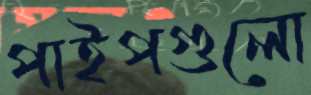
পাইপগুলো